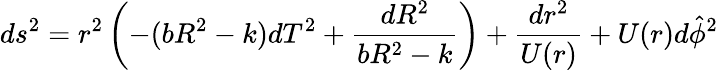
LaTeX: ds^{2}=r^{2}\left(-(bR^{2}-k)dT^{2}+\frac{dR^{2}}{bR^{2}-k}\right)+\frac{dr^{2}}{U(r)}+U(r)d\hat{\phi}^{2}